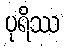
ပုရိဿ